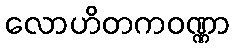
လောဟိတကဝဏ္ဏာ